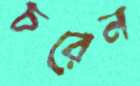
চরেন